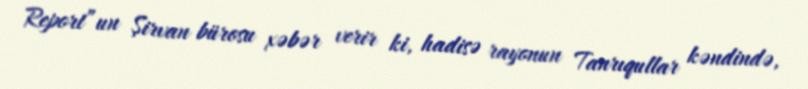
Report”un Şirvan bürosu xəbər verir ki, hadisə rayonun Tanrıqullar kəndində,